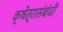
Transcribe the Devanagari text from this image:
क्षेत्रासंबंधी